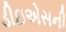
ડીઇએસની